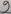
Text: 9